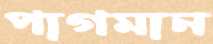
পাগমান